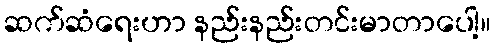
ဆက်ဆံရေးဟာ နည်းနည်းတင်းမာတာပေါ့။